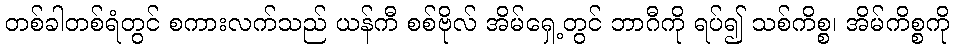
တစ်ခါတစ်ရံတွင် စကားလက်သည် ယန်ကီ စစ်ဗိုလ် အိမ်ရှေ့တွင် ဘာဂီကို ရပ်၍ သစ်ကိစ္စ၊ အိမ်ကိစ္စကို